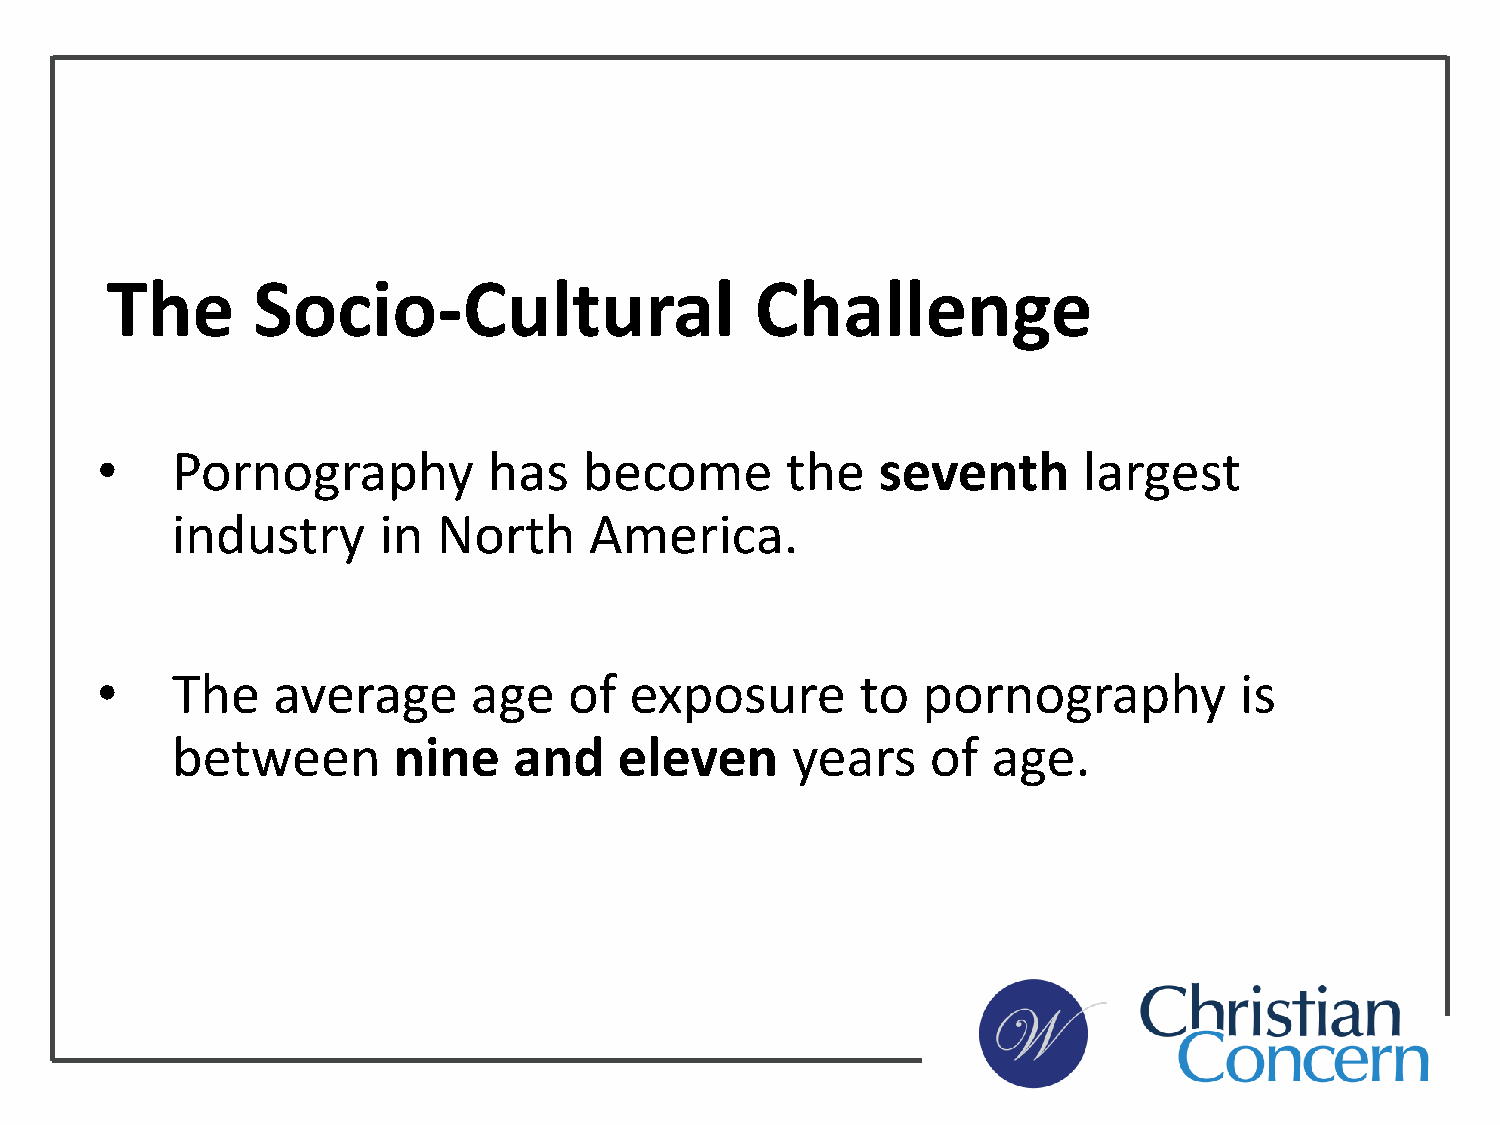
The       Socio-Cultural                   Challenge
 •    Pornography          has    become       the   seventh       largest
 industry      in  North     America.
 •    The    average      age    of  exposure       to  pornography          is
 between        nine    and    eleven     years     of  age.